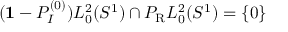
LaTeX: ( { \bf 1 } - P _ { I } ^ { ( 0 ) } ) L _ { 0 } ^ { 2 } ( S ^ { 1 } ) \cap P _ { \mathrm { R } } L _ { 0 } ^ { 2 } ( S ^ { 1 } ) = \{ 0 \}